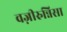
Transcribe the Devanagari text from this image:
वज़ीरुन्निसा